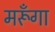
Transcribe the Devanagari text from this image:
मरूँगा